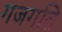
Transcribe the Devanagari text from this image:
गजगति